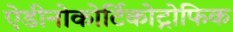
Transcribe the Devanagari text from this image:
ऐडीनोकोर्टिकोट्रोफिक